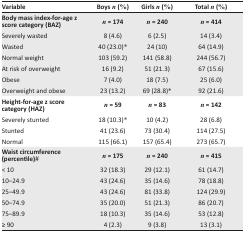
<table><thead><tr><td><b>Variable</b></td><td><b>Boys <i>n</i> (%)</b></td><td><b>Girls <i>n</i> (%)</b></td><td><b>Total <i>n</i> (%)</b></td></tr></thead><tbody><tr><td><b>Body mass index-for-age z score category (BAZ)</b></td><td><b><i>n</i> = 174</b></td><td><b><i>n</i> = 240</b></td><td><b><i>n</i> = 414</b></td></tr><tr><td>Severely wasted </td><td>8 (4.6)</td><td>6 (2.5)</td><td>14 (3.4)</td></tr><tr><td>Wasted</td><td>40 (23.0)*</td><td>24 (10)</td><td>64 (14.9)</td></tr><tr><td>Normal weight</td><td>103 (59.2)</td><td>141 (58.8)</td><td>244 (56.7)</td></tr><tr><td>At risk of overweight</td><td>16 (9.2)</td><td>51 (21.3)</td><td>67 (15.6)</td></tr><tr><td>Obese</td><td>7 (4.0)</td><td>18 (7.5)</td><td>25 (6.0)</td></tr><tr><td>Overweight and obese</td><td>23 (13.2)</td><td>69 (28.8)*</td><td>92 (21.6)</td></tr><tr><td><b>Height-for-age z score category (HAZ)</b></td><td><b><i>n</i> = 59</b></td><td><b><i>n</i> = 83</b></td><td><b><i>n</i> = 142</b></td></tr><tr><td>Severely stunted</td><td>18 (10.3)*</td><td>10 (4.2)</td><td>28 (6.8)</td></tr><tr><td>Stunted</td><td>41 (23.6)</td><td>73 (30.4)</td><td>114 (27.5)</td></tr><tr><td>Normal </td><td>115 (66.1)</td><td>157 (65.4)</td><td>273 (65.7)</td></tr><tr><td><b>Waist circumference (percentile)#</b></td><td><b><i>n</i> = 175</b></td><td><b><i>n</i> = 240</b></td><td><b><i>n</i> = 415</b></td></tr><tr><td>&lt; 10</td><td>32 (18.3)</td><td>29 (12.1)</td><td>61 (14.7)</td></tr><tr><td>10–24.9</td><td>43 (24.6)</td><td>35 (14.6)</td><td>78 (18.8)</td></tr><tr><td>25–49.9</td><td>43 (24.6)</td><td>81 (33.8)</td><td>124 (29.9)</td></tr><tr><td>50–74.9</td><td>35 (20.0)</td><td>51 (21.3)</td><td>86 (20.7)</td></tr><tr><td>75–89.9</td><td>18 (10.3)</td><td>35 (14.6)</td><td>53 (12.8)</td></tr><tr><td>≥ 90</td><td>4 (2.3)</td><td>9 (3.8)</td><td>13 (3.1)</td></tr></tbody></table>